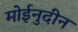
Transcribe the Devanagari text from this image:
मोईनुदीन